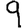
Digit: 9